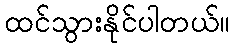
ထင်သွားနိုင်ပါတယ်။